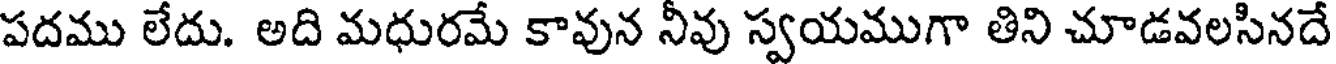
పదము లేదు. అది మధురమే కావున నీవు స్వయముగా తిని చూడవలసినదే